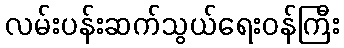
လမ်းပန်းဆက်သွယ်ရေးဝန်ကြီး